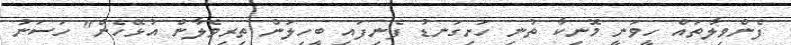
ފެންވިލާތައް ހީވަނީ މޮނިކާ ތުނި ހަށިގަނޑު ފެނިފައި ބީހިލަން ތިރިވެލާން އުޅޭހެން" ހަސަނު